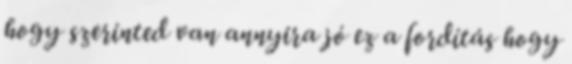
hogy szerinted van annyira jó ez a fordítás hogy